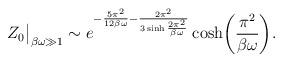
LaTeX: \begin{align*}Z_0\big|_{\beta\omega\gg 1} \sim e^{-\frac{5\pi^2}{12\beta \omega} -\frac{2\pi^2}{3 \sinh \frac{2 \pi^2}{\beta \omega}}}\cosh\biggl(\frac{\pi^2}{\beta \omega}\biggr). \end{align*}